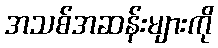
အသစ်အဆန်းများကို